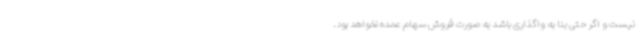
نیست و اگر حتی بنا به واگذاری باشد به صورت فروش سهام عمده نخواهد بود.